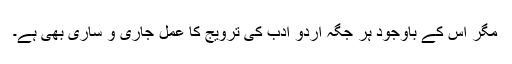
مگر اس کے باوجود ہر جگہ اردو ادب کی ترویج کا عمل جاری و ساری بھی ہے۔